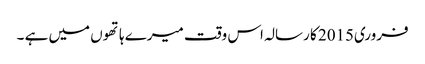
فروری2015 کا رسالہ اس وقت میرے ہاتھوں میں ہے ۔